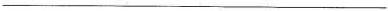
___